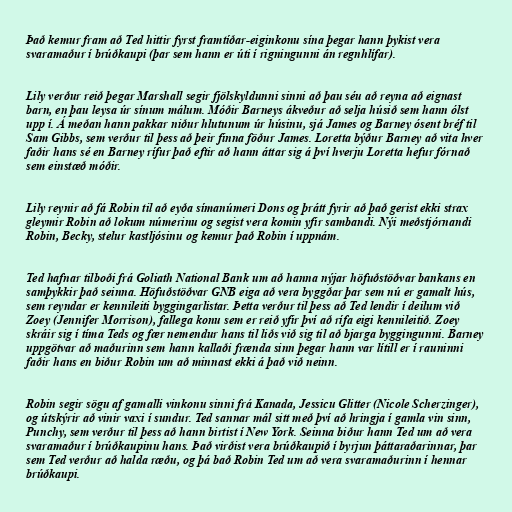
Það kemur fram að Ted hittir fyrst framtíðar-eiginkonu sína þegar hann þykist vera
svaramaður í brúðkaupi (þar sem hann er úti í rigningunni án regnhlífar).

Lily verður reið þegar Marshall segir fjölskyldunni sinni að þau séu að reyna að eignast
barn, en þau leysa úr sínum málum. Móðir Barneys ákveður að selja húsið sem hann ólst
upp í. Á meðan hann pakkar niður hlutunum úr húsinu, sjá James og Barney ósent bréf til
Sam Gibbs, sem verður til þess að þeir finna föður James. Loretta býður Barney að vita hver
faðir hans sé en Barney rífur það eftir að hann áttar sig á því hverju Loretta hefur fórnað
sem einstæð móðir.

Lily reynir að fá Robin til að eyða símanúmeri Dons og þrátt fyrir að það gerist ekki strax
gleymir Robin að lokum númerinu og segist vera komin yfir sambandi. Nýi meðstjórnandi
Robin, Becky, stelur kastljósinu og kemur það Robin í uppnám.

Ted hafnar tilboði frá Goliath National Bank um að hanna nýjar höfuðstöðvar bankans en
samþykkir það seinna. Höfuðstöðvar GNB eiga að vera byggðar þar sem nú er gamalt hús,
sem reyndar er kennileiti byggingarlistar. Þetta verður til þess að Ted lendir í deilum við
Zoey (Jennifer Morrison), fallega konu sem er reið yfir því að rífa eigi kennileitið. Zoey
skráir sig í tíma Teds og fær nemendur hans til liðs við sig til að bjarga byggingunni. Barney
uppgötvar að maðurinn sem hann kallaði frænda sinn þegar hann var lítill er í rauninni
faðir hans en biður Robin um að minnast ekki á það við neinn.

Robin segir sögu af gamalli vinkonu sinni frá Kanada, Jessicu Glitter (Nicole Scherzinger),
og útskýrir að vinir vaxi í sundur. Ted sannar mál sitt með því að hringja í gamla vin sinn,
Punchy, sem verður til þess að hann birtist í New York. Seinna biður hann Ted um að vera
svaramaður í brúðkaupinu hans. Það virðist vera brúðkaupið í byrjun þáttaraðarinnar, þar
sem Ted verður að halda ræðu, og þá bað Robin Ted um að vera svaramaðurinn í hennar
brúðkaupi.